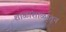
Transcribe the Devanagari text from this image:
शाळांशाळातून